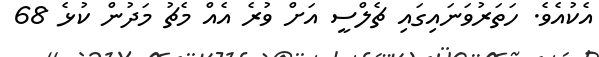
އެކުއެވެ. ހަތަރުވަނައިގައި ޗެލްސީ އަށް ވުރެ އެއް މެޗު މަދުން ކުޅެ 68